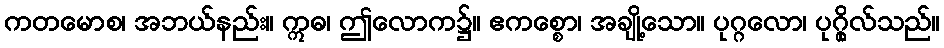
ကတမောစ၊ အဘယ်နည်း။ ဣဓ၊ ဤလောက၌။ ဧကစ္စော၊ အချို့သော။ ပုဂ္ဂလော၊ ပုဂ္ဂိုလ်သည်။